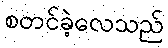
စတင်ခဲ့လေသည်